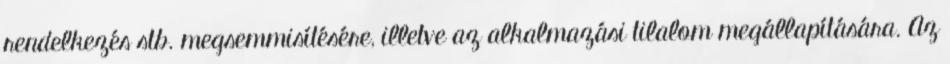
rendelkezés stb. megsemmisítésére, illetve az alkalmazási tilalom megállapítására. Az